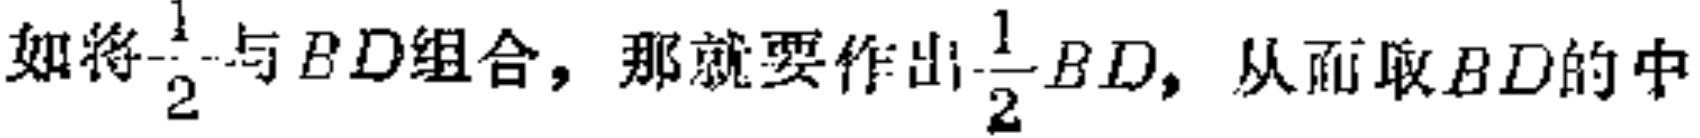
如将$\frac{1}{2}$与$BD$组合，那就要作出$\frac{1}{2}BD$，从而取$BD$的中